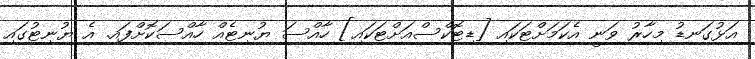
އަޅުގަނޑު މިހާރު ވަނީ އެކަމަށްޓަކައި [ޑިޓޮކްސްއަށްޓަކައި] ހާއްސަ ޔުނިޓެއް ހާއްސަކޮށްފައި. އެ ޔުނިޓުގައި